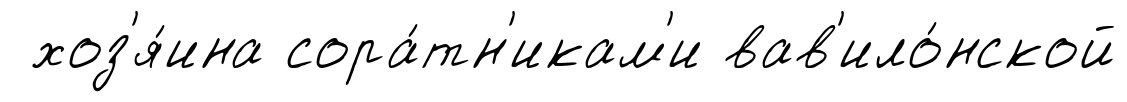
хоз'я́ина сора́тн'икам'и вав'ило́нской